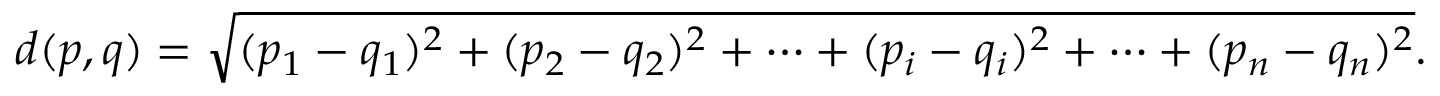
d ( p , q ) = { \sqrt { ( p _ { 1 } - q _ { 1 } ) ^ { 2 } + ( p _ { 2 } - q _ { 2 } ) ^ { 2 } + \cdots + ( p _ { i } - q _ { i } ) ^ { 2 } + \cdots + ( p _ { n } - q _ { n } ) ^ { 2 } } } .